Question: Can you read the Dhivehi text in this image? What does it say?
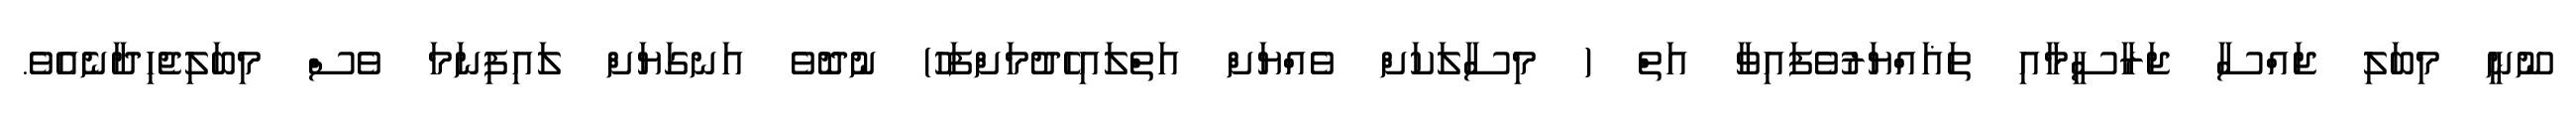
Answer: ނޫނީ މިބަލި ޖައްސާ ޖަރާސީމާއި ތަޣައްޔަރުވެފައިވާ އަތް ( މިސާލަކަށް ވެއްޔަށް އަތްލައިހެދުމަށްފަހު) ނުދޮވެ އަނގަޔަށް ލައިފިނަމަ ވެސް މިބަލިޖެހިދާނެއެވެ.